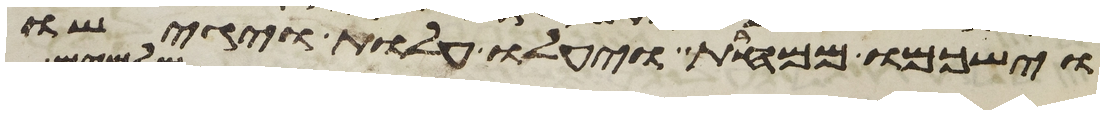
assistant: וישכמו ממחרת ויעלו עלות ויגישו